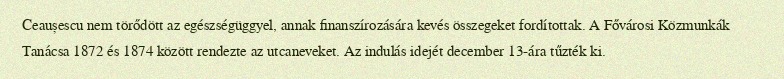
Ceaușescu nem törődött az egészségüggyel, annak finanszírozására kevés összegeket fordítottak. A Fővárosi Közmunkák Tanácsa 1872 és 1874 között rendezte az utcaneveket. Az indulás idejét december 13-ára tűzték ki.